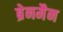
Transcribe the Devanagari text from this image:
ब्रेनमैन